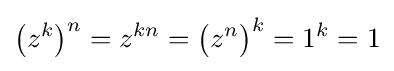
{\bigl (}z^{k}{\bigr )}^{n}=z^{kn}={\bigl (}z^{n}{\bigr )}^{k}=1^{k}=1